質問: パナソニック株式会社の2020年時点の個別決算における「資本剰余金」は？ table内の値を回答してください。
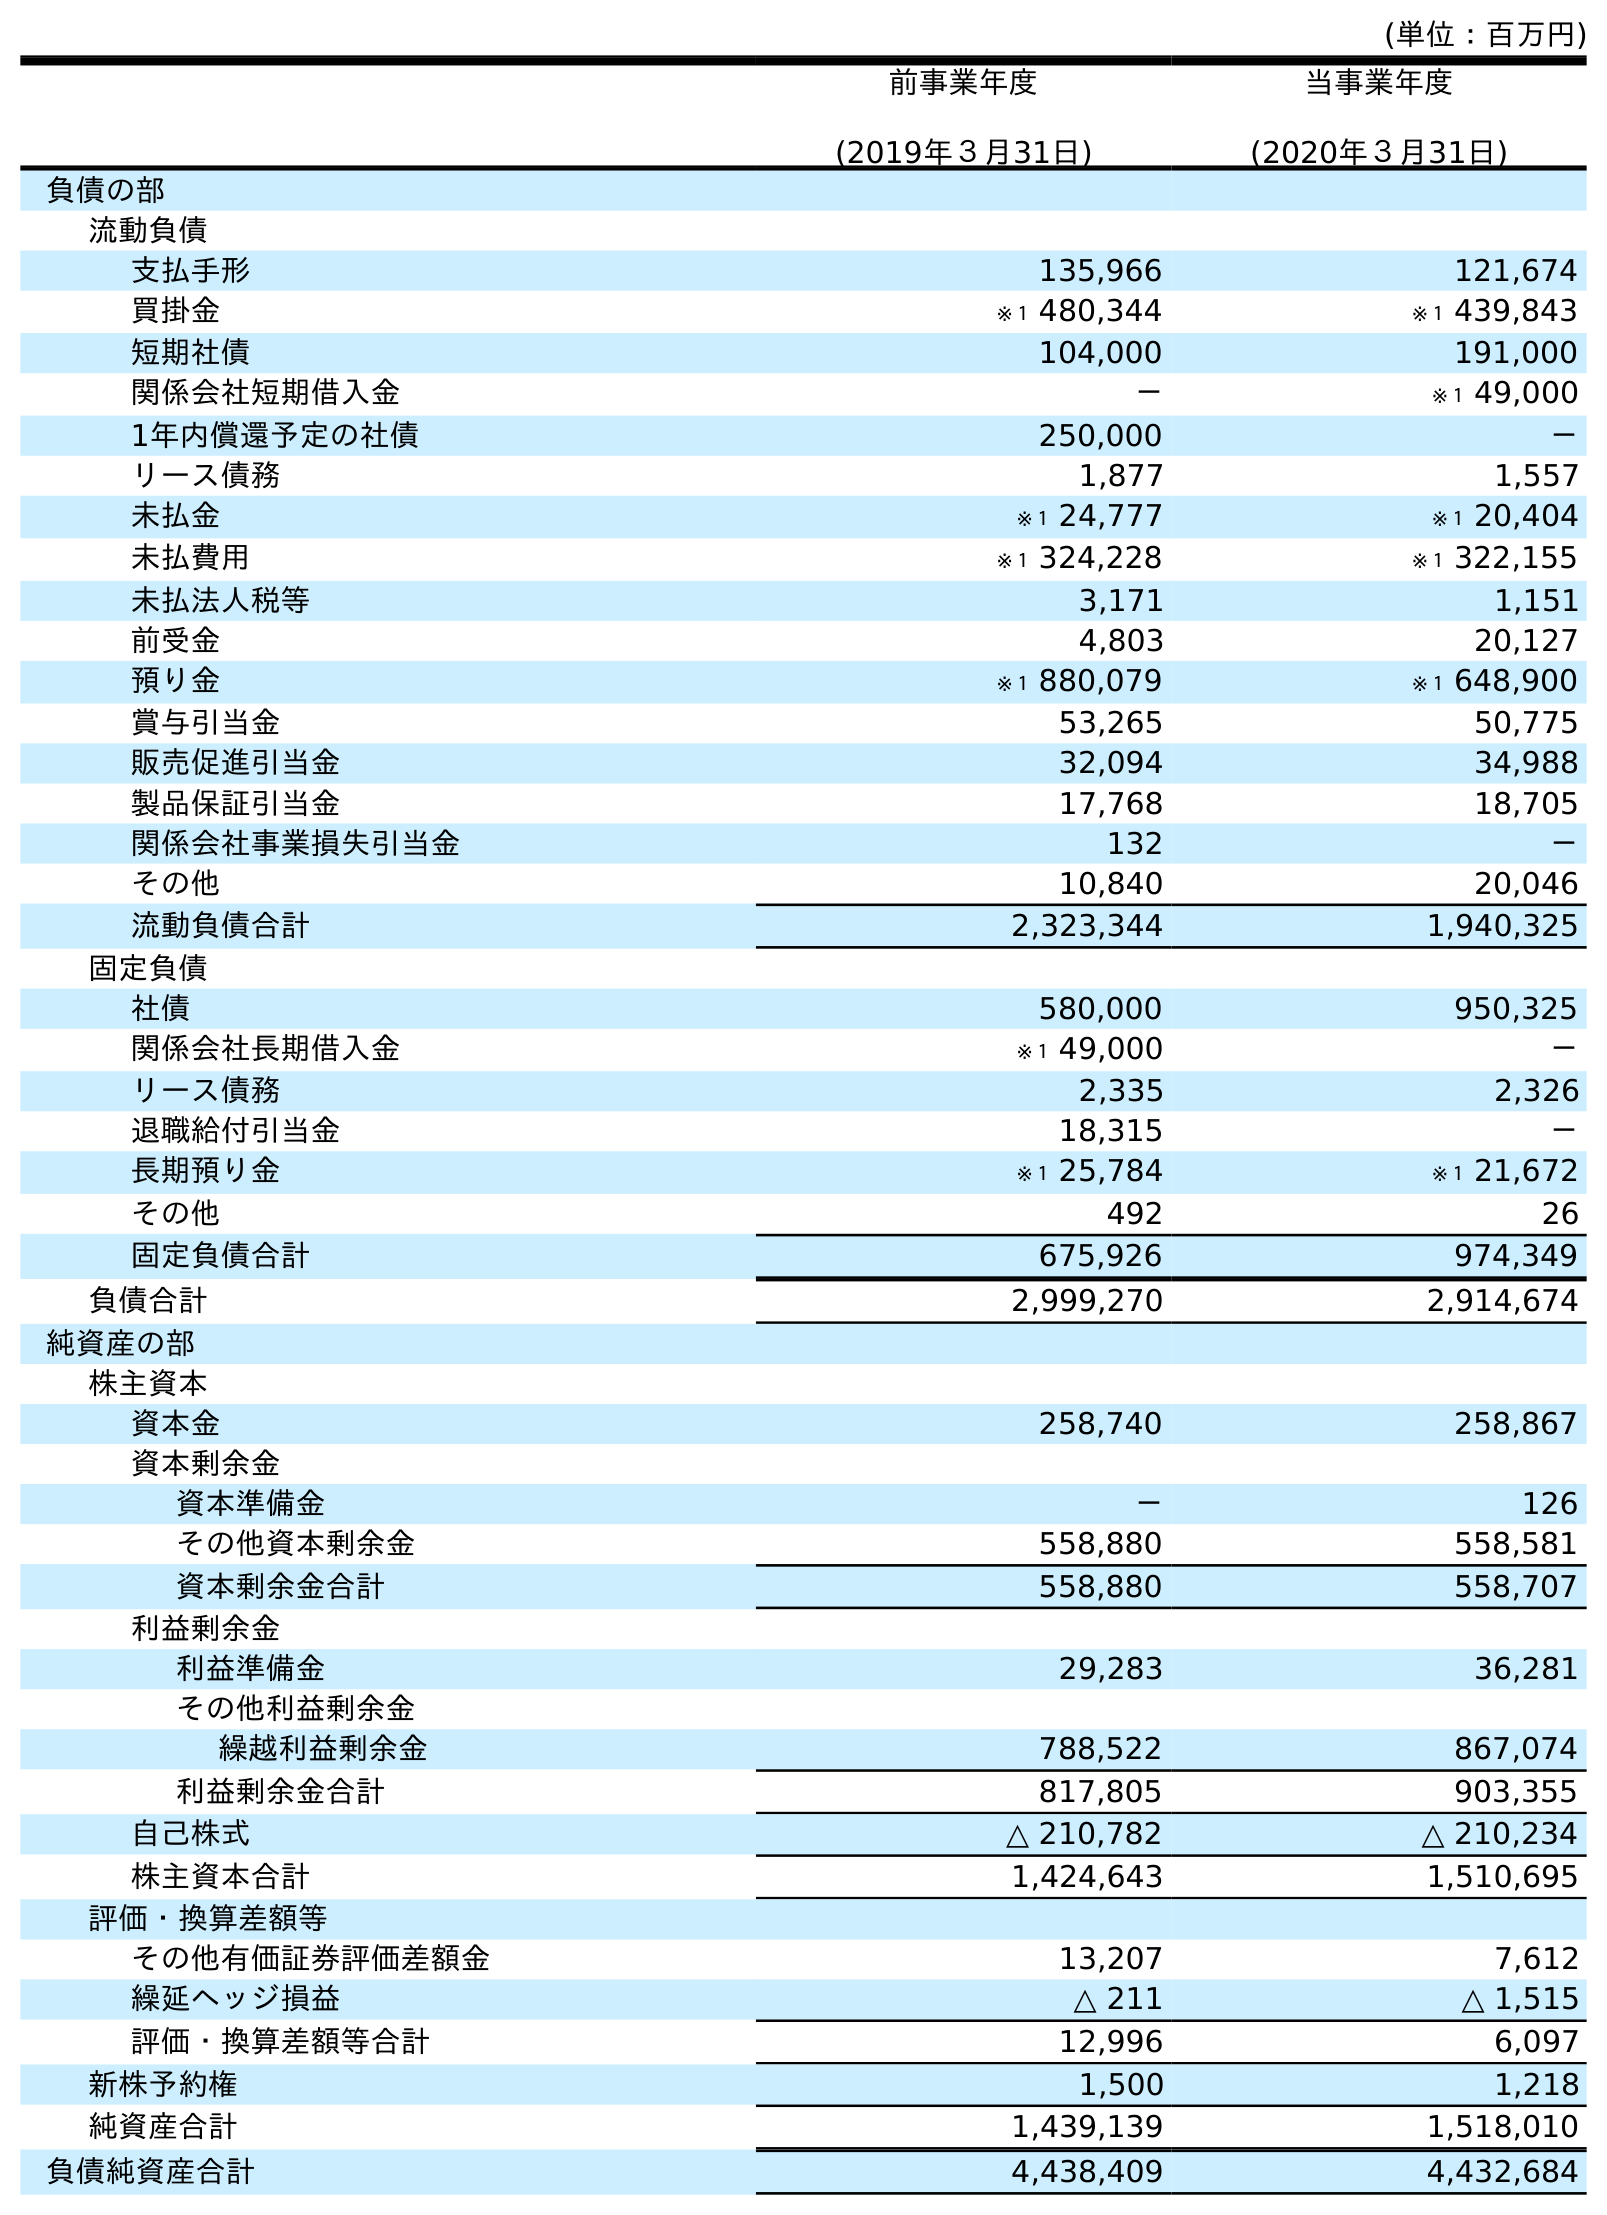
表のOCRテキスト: (単位：百万円) 前事業年度 (2019年３月31日) 当事業年度 (2020年３月31日) 負債の部 流動負債 支払手形 135,966 121,674 買掛金 ※１ 480,344 ※１ 439,843 短期社債 104,000 191,000 関係会社短期借入金 － ※１ 49,000 1年内償還予定の社債 250,000 － リース債務 1,877 1,557 未払金 ※１ 24,777 ※１ 20,404 未払費用 ※１ 324,228 ※１ 322,155 未払法人税等 3,171 1,151 前受金 4,803 20,127 預り金 ※１ 880,079 ※１ 648,900 賞与引当金 53,265 50,775 販売促進引当金 32,094 34,988 製品保証引当金 17,768 18,705 関係会社事業損失引当金 132 － その他 10,840 20,046 流動負債合計 2,323,344 1,940,325 固定負債 社債 580,000 950,325 関係会社長期借入金 ※１ 49,000 － リース債務 2,335 2,326 退職給付引当金 18,315 － 長期預り金 ※１ 25,784 ※１ 21,672 その他 492 26 固定負債合計 675,926 974,349 負債合計 2,999,270 2,914,674 純資産の部 株主資本 資本金 258,740 258,867 資本剰余金 資本準備金 － 126 その他資本剰余金 558,880 558,581 資本剰余金合計 558,880 558,707 利益剰余金 利益準備金 29,283 36,281 その他利益剰余金 繰越利益剰余金 788,522 867,074 利益剰余金合計 817,805 903,355 自己株式 △ 210,782 △ 210,234 株主資本合計 1,424,643 1,510,695 評価・換算差額等 その他有価証券評価差額金 13,207 7,612 繰延ヘッジ損益 △ 211 △ 1,515 評価・換算差額等合計 12,996 6,097 新株予約権 1,500 1,218 純資産合計 1,439,139 1,518,010 負債純資産合計 4,438,409 4,432,684
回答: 558,707